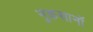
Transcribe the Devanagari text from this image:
नुकसानॉ